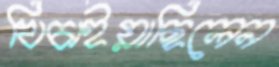
খিচাইয়াছিলেন